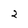
Character: 2